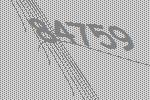
84759